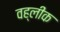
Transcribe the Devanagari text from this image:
वह्लीक